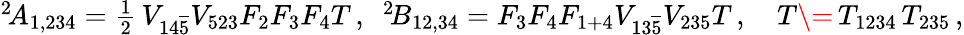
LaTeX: \begin{array}{r}{^{2\! }A_{1,234}=\frac 12\, V_{14\overline{5}}V_{523}{F}_{2}{F}_{3}{F}_{4}T\, ,\ \ {^2\! }B_{12,34}=F_{3}F_{4}F_{1+4}V_{13\overline{5}}V_{235}T\, ,\quad T\= \, T_{1234}\, T_{235}\, ,}\end{array}